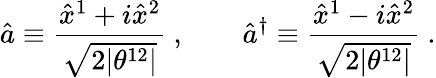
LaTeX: \hat{a}\equiv\frac{\hat{x}^{1}+i\hat{x}^{2}}{\sqrt{2|\theta^{12}|}}~,\qquad\hat{a}^{\dagger}\equiv\frac{\hat{x}^{1}-i\hat{x}^{2}}{\sqrt{2|\theta^{12}|}}~.